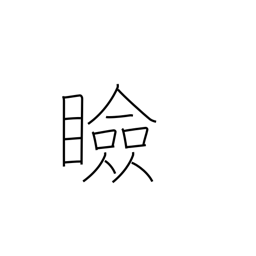
Meaning: eyelids